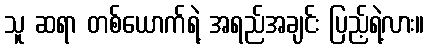
သူ ဆရာ တစ်ယောက်ရဲ့ အရည်အချင်း ပြည့်ရဲ့လား။